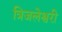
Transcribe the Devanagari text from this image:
त्रिजलेश्वरी